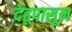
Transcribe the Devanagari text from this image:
देहूपासून